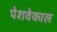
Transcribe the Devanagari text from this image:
पेशवेकाल